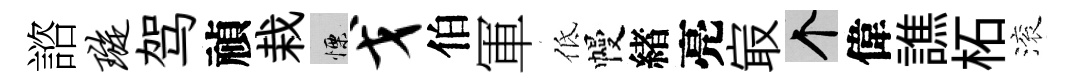
諮璇驾禎栽慄戈伯軍低幔緖亮㝡个偉譙柘滚